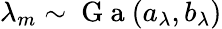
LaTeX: \lambda_{m}\sim\mathrm{~G~a~}(a_{\lambda},b_{\lambda})